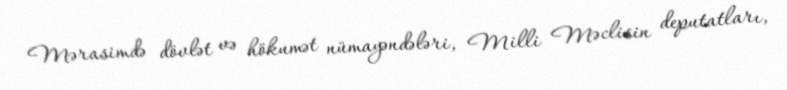
Mərasimdə dövlət və hökumət nümayəndələri, Milli Məclisin deputatları,